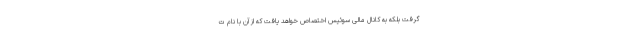
گرفت بلکه به کانال مالی سوئیس اختصاص خواهد یافت که از آن با نام ت